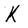
Character: K